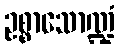
ဥစ္စာသောဏ္ဍံ